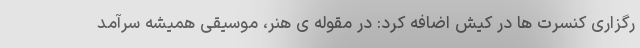
رگزاری کنسرت ها در کیش اضافه کرد: در مقوله ی هنر، موسیقی همیشه سرآمد